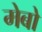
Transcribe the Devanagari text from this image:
मेबो